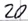
Text: 20